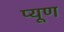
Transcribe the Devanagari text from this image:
प्यूण